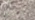
تلاشت